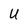
Character: U